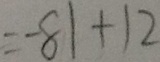
= - 8 1 + 1 2